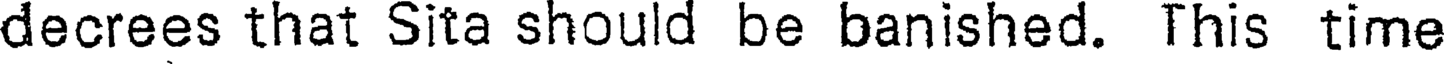
decrees that Sita should be banished. This time